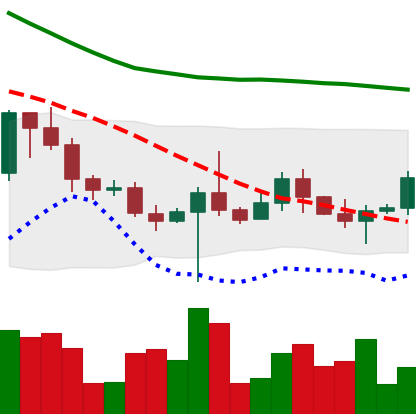
Ticker: BTC-USD
Chart end date: 2022-10-23
Forward return: 5.255%
Label: up_5_7